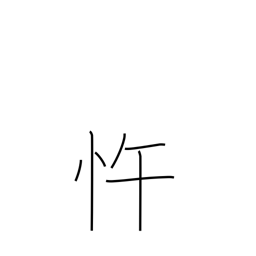
Meaning: insubordinate